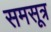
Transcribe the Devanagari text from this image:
समसूत्र